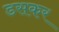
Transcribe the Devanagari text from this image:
डसकर